Indian journal of veterinary science and animal husbandry - Volume 12,
Year: 1942
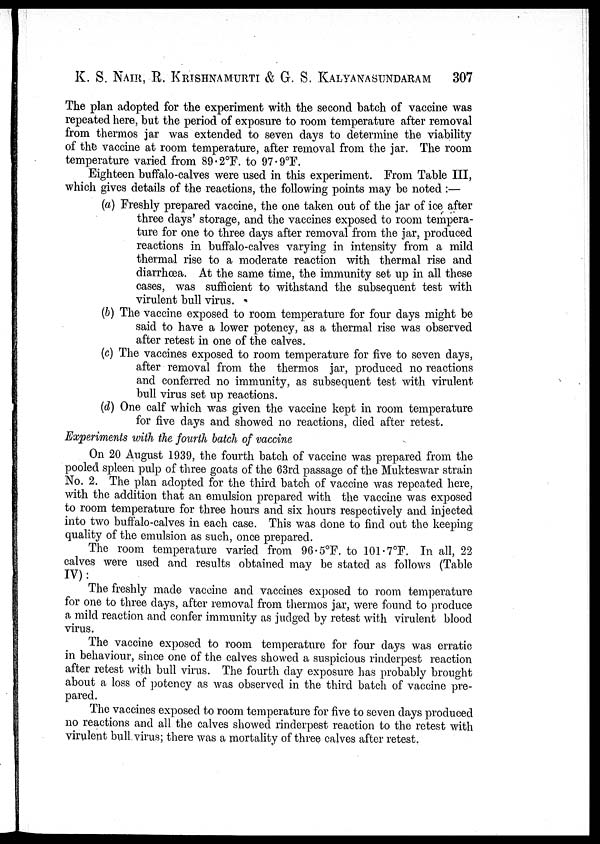
K. S. NAIR, R. KRISHNAMURTI & G. S. KALYANASUNDARAM 307
The plan adopted for the experiment with the second batch of vaccine was
repeated here, but the period of exposure to room temperature after removal
from thermos jar was extended to seven days to determine the viability
of the vaccine at room temperature, after removal from the jar. The room
temperature varied from 89.2°F. to 97.9°F.
Eighteen buffalo-calves were used in this experiment. From Table III,
which gives details of the reactions, the following points may be noted :—
(a) Freshly prepared vaccine, the one taken out of the jar of ice after
three days' storage, and the vaccines exposed to room tempera-
ture for one to three days after removal from the jar, produced
reactions in buffalo-calves varying in intensity from a mild
thermal rise to a moderate reaction with thermal rise and
diarrhœa. At the same time, the immunity set up in all these
cases, was sufficient to withstand the subsequent test with
virulent bull virus.
(b) The vaccine exposed to room temperature for four days might be
said to have a lower potency, as a thermal rise was observed
after retest in one of the calves.
(c) The vaccines exposed to room temperature for five to seven days,
after removal from the thermos jar, produced no reactions
and conferred no immunity, as subsequent test with virulent-
bull virus set up reactions.
(d) One calf which was given the vaccine kept in room temperature
for five days and showed no reactions, died after retest.
Experiments with the fourth batch of vaccine
On 20 August 1939, the fourth batch of vaccine was prepared from the
pooled spleen pulp of three goats of the 63rd passage of the Mukteswar strain
No. 2. The plan adopted for the third batch of vaccine was repeated here,
with the addition that an emulsion prepared with the vaccine was exposed
to room temperature for three hours and six hours respectively and injected
into two buffalo-calves in each case. This was done to find out the keeping-
quality of the emulsion as such, once prepared.
The room temperature varied from 96.5°F. to 101.7°F. In all, 22
calves were used and results obtained may be stated as follows (Table
IV):
The freshly made vaccine and vaccines exposed to room temperature
for one to three days, after removal from thermos jar, were found to produce
a mild reaction and confer immunity as judged by retest with virulent blood
virus.
The vaccine exposed to room temperature for four days was erratic
in behaviour, since one of the calves showed a suspicious rinderpest reaction
after retest with bull virus. The fourth day exposure has probably brought
about a loss of potency as was observed in the third batch of vaccine pre-
pared.
The vaccines exposed to room temperature for five to seven days produced
no reactions and all the calves showed rinderpest reaction to the retest with
virulent bull virus; there was a mortality of three calves after retest.